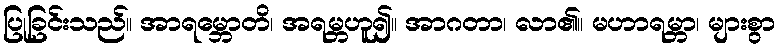
ပြုခြင်းသည်။ အာရမ္ဘောတိ၊ အရမ္ဘဟူ၍။ အာဂတာ၊ လာ၏။ မဟာရမ္ဘာ၊ များစွာ